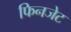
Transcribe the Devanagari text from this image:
फिनजेट